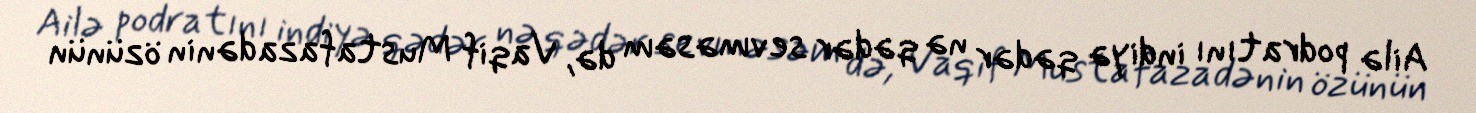
Ailə podratını indiyə qədər nə qədər sevməsəm də, Vaqif Mustafazadənin özünün